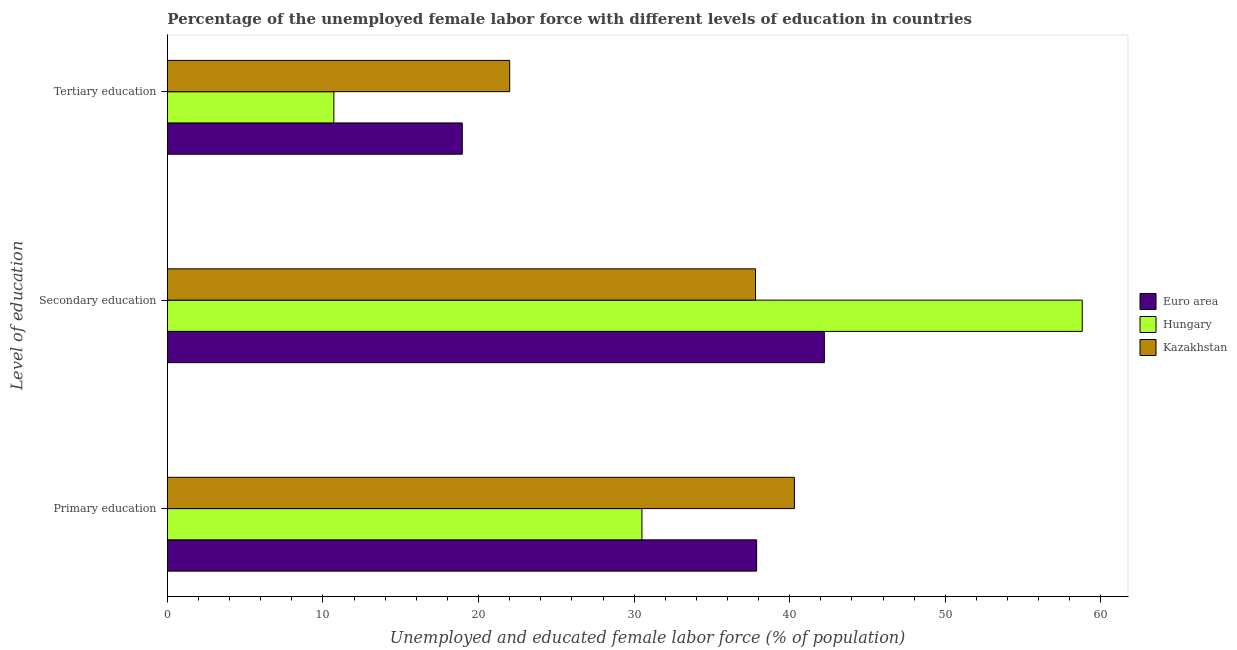
| Level of education | Euro area | Hungary | Kazakhstan |
 | --- | --- | --- | --- |
 | Primary education | 37.9 | 30.5 | 40.3 |
 | Secondary education | 42.2 | 58.8 | 37.8 |
 | Tertiary education | 19 | 10.7 | 22 |